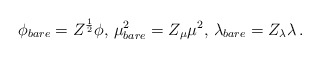
\begin{align*}\phi_{bare}=Z^{1\over2}\phi,\,\mu^{2}_{bare}=Z_{\mu}\mu^{2},\,\lambda_{bare}=Z_{\lambda}\lambda\,.\end{align*}